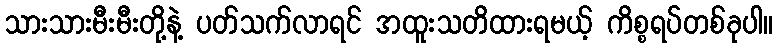
သားသားမီးမီးတို့နဲ့ ပတ်သက်လာရင် အထူးသတိထားရမယ့် ကိစ္စရပ်တစ်ခုပါ။